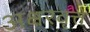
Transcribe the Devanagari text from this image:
अक्षरवृत्ते